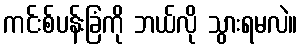
ကင်းစ်ပန်းခြံကို ဘယ်လို သွားရမလဲ။